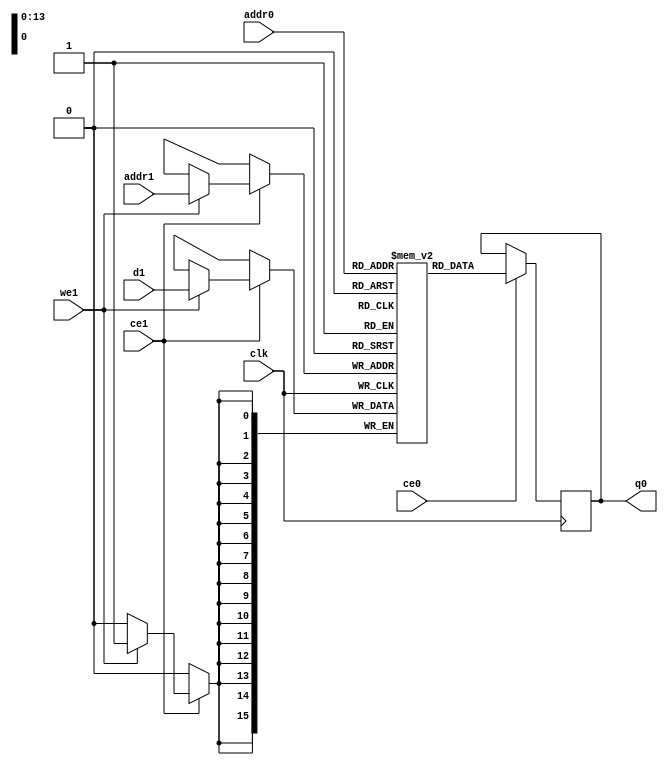
`define EXPONENT 5
`define MANTISSA 10
`define ACTUAL_MANTISSA 11
`define EXPONENT_LSB 10
`define EXPONENT_MSB 14
`define MANTISSA_LSB 0
`define MANTISSA_MSB 9
`define MANTISSA_MUL_SPLIT_LSB 3
`define MANTISSA_MUL_SPLIT_MSB 9
`define SIGN 1
`define SIGN_LOC 15
`define DWIDTH (`SIGN+`EXPONENT+`MANTISSA)
`define IEEE_COMPLIANCE 1

module td_fused_top_tdf9_filters_ram (addr0, ce0, q0, addr1, ce1, d1, we1,  clk);

parameter DWIDTH = 16;
parameter AWIDTH = 14;
parameter MEM_SIZE = 16384;

input[AWIDTH-1:0] addr0;
input ce0;
output reg[DWIDTH-1:0] q0;
input[AWIDTH-1:0] addr1;
input ce1;
input[DWIDTH-1:0] d1;
input we1;
input clk;

 reg [DWIDTH-1:0] ram[MEM_SIZE-1:0];




always @(posedge clk)  
begin 
    if (ce0) begin
        q0 <= ram[addr0];
    end
end


always @(posedge clk)  
begin 
    if (ce1) begin
        if (we1) 
            ram[addr1] <= d1; 
    end
end


endmodule